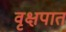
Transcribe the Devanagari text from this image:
वृक्षपात